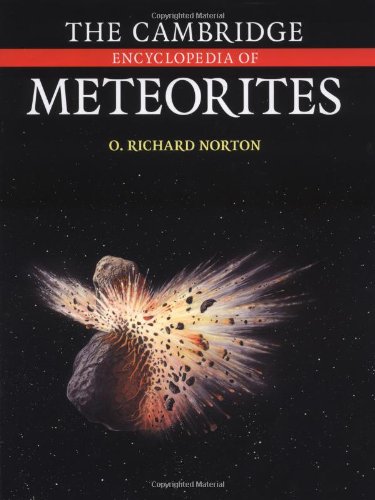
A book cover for The Cambridge Encyclopedia of Meteorites; O. Richard Norton; Science & Math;